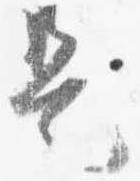
是